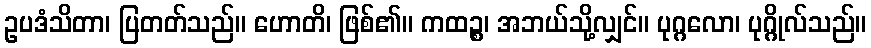
ဥပဒံသိတာ၊ ပြတတ်သည်။ ဟောတိ၊ ဖြစ်၏။ ကထဉ္စ၊ အဘယ်သို့လျှင်။ ပုဂ္ဂလော၊ ပုဂ္ဂိုလ်သည်။